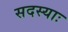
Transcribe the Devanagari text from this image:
सदस्याः